Serum-therapy of plague in India - Number 20
Disease focus: Plague
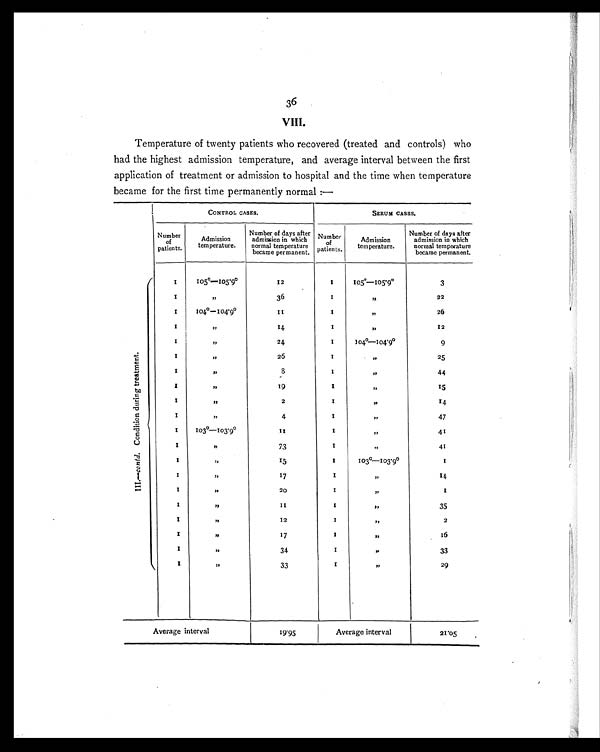
36
VIII.
Temperature of twenty patients who recovered (treated and controls) who
had the highest admission temperature, and average interval between the first
application of treatment or admission to hospital and the time when temperature
became for the first time permanently normal :—
CONTROL CASES.
SERUM CASES.
Number
of
patients.
Admission
temperature.
Number of days after
admission in which
normal temperature
became permanent.
Number
of
patients.
Admission
temperature.
Number of days after
admission in which
normal temperature
became permanent.
I I I . —
c o n t d .
C o n d i t i o n d u r i n g t r e a t m e n t .
1
105°—105.9°12
1 105°—105.9°3
1 , ,
36
1
, ,
22
1
I04°—104.9°1 1
1
, ,
26
1
, ,
14
1
, ,
12
1 , ,
24
1 104º—104.9°9
1
, ,
26
1
, ,
25
1 , ,
8
1
, ,
44
1 , ,
1 9
1
, ,
15
1 , ,
2
1
, ,
14
1 , ,
4
1
, ,
47
1
103°—103.9°1 1 1
, ,
41
1 , ,
73
1
,,
4 1
1 ,,
15
1 103°—103.9°1
1, ,
17
1
, ,
14
1
, ,
20
1
, ,
1
1 , ,
1 1
1
, ,
35
1
, ,
12
1
, ,
2
1
, ,
17
1
, ,
16
1
, ,
34
1
, ,
33
1
,,
33
1
, ,
29
Average interval
19.95
Average interval
21.05